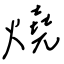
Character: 燒